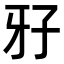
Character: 𤘅